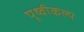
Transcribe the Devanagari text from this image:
पृथ्वीकल्प